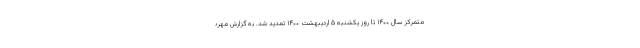
متمرکز سال ۱۴۰۰ تا روز یکشنبه ۵ اردیبهشت ۱۴۰۰ تمدید شد. به گزارش مهر؛